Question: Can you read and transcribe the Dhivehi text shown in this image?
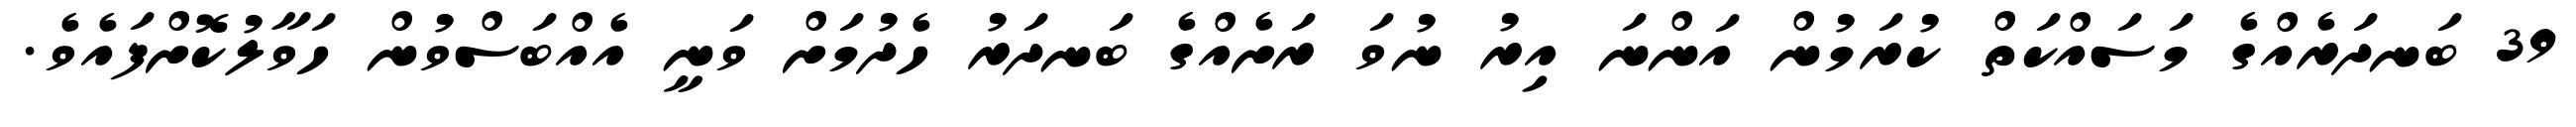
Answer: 39 ބަނދަރެއްގެ މަސައްކަތް ކުރަމުން އަންނަ އިރު ނުވަ ރަށެއްގެ ބަނދަރު ހެދުމަށް ވަނީ އެއްބަސްވުން ހަވާލުކޮށްފައެވެ.